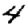
Digit: 4